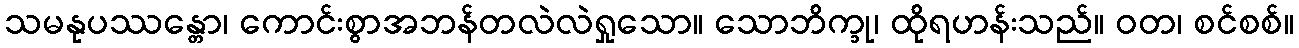
သမနုပဿန္တော၊ ကောင်းစွာအဘန်တလဲလဲရှုသော။ သောဘိက္ခု၊ ထိုရဟန်းသည်။ ဝတ၊ စင်စစ်။